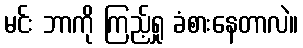
မင်း ဘာကို ကြည့်ရှု ခံစားနေတာလဲ။